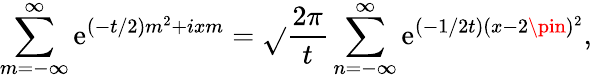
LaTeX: \sum_{m=-\infty}^{\infty}\mathrm{e}^{(-t/2)m^{2}+ixm}=\sqrt{}{{\frac{{2\pi}}{{t}}}}\sum_{n=-\infty}^{\infty}\mathrm{e}^{(-1/2t)(x-2\pin)^{2}},